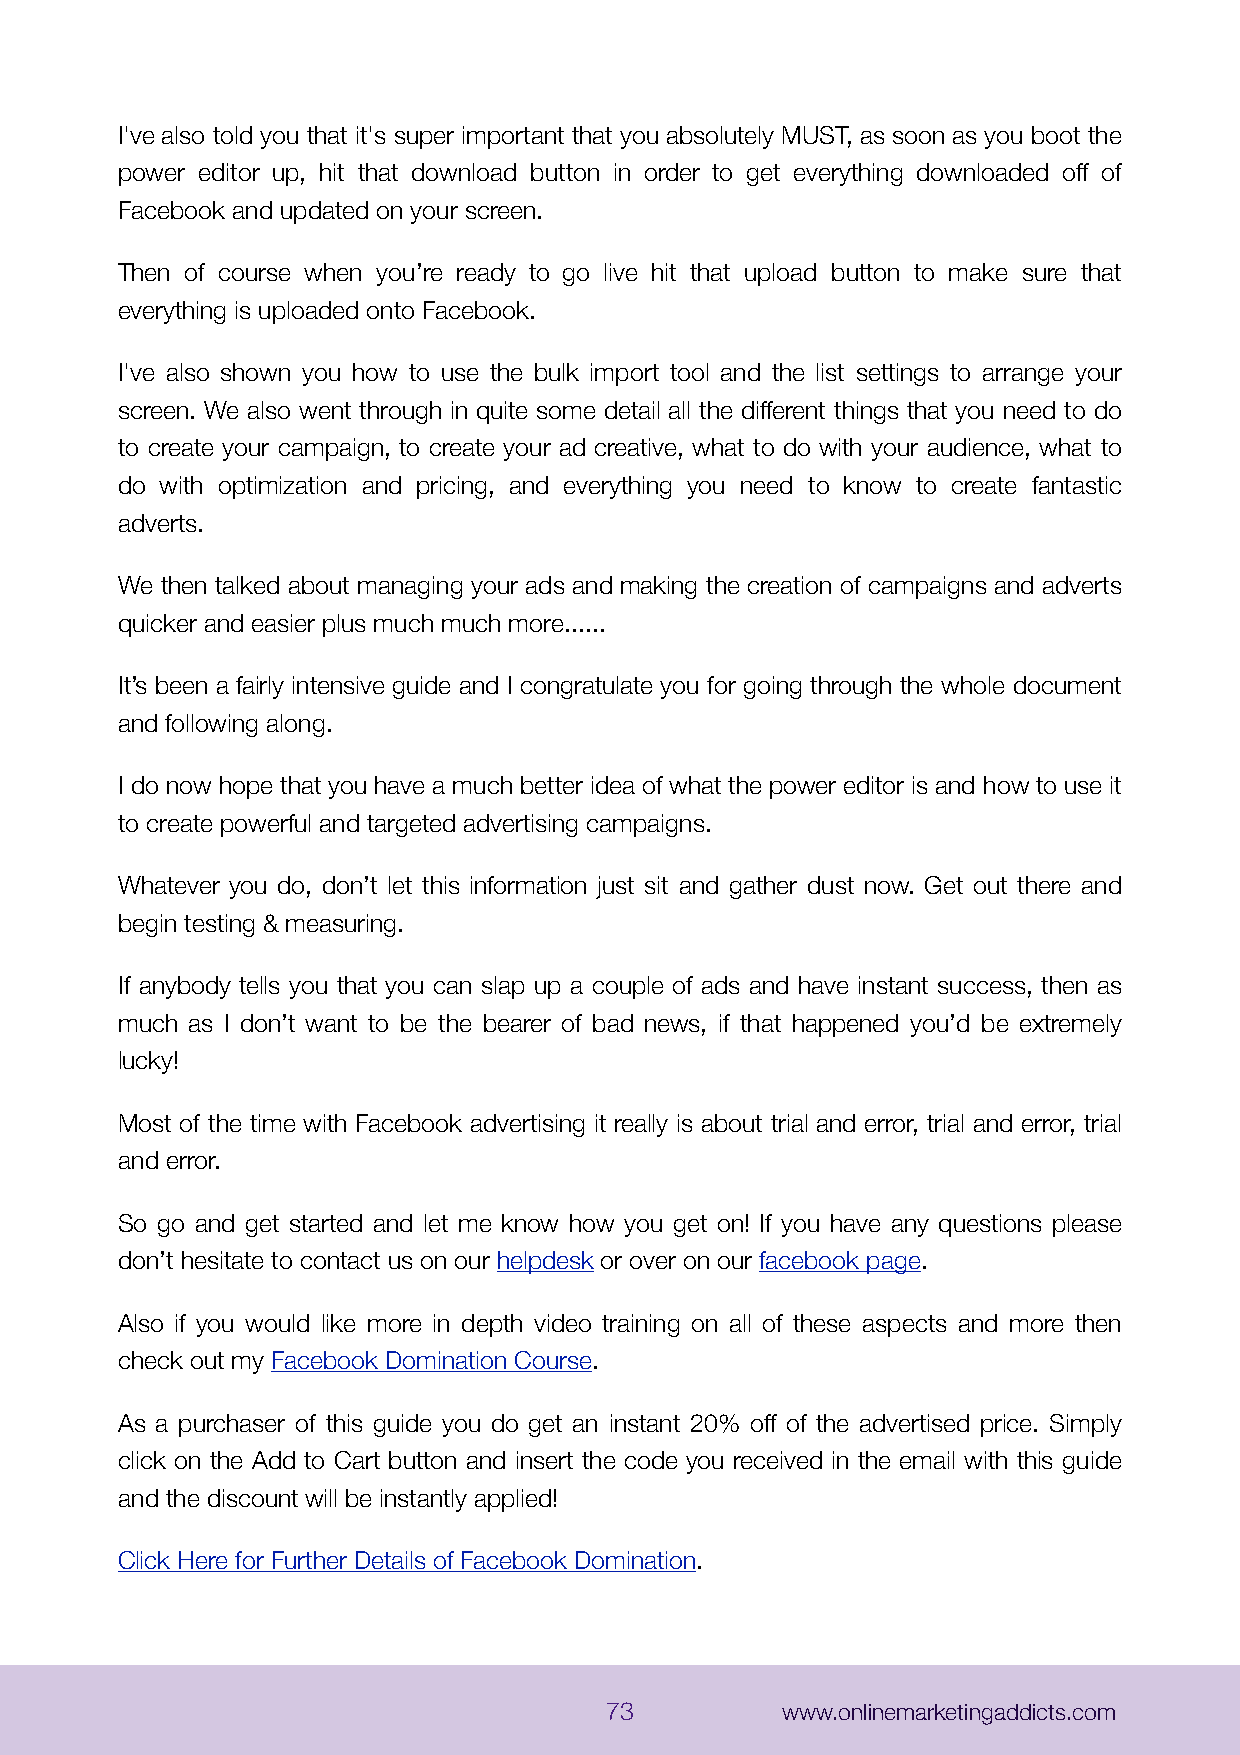
I've also told you that it's super important that you absolutely MUST, as soon as you boot the
 power editor up, hit that download button in order to get everything downloaded off of
 Facebook and updated on your screen.
 Then of course when you’re ready to go live hit that upload button to make sure that
 everything is uploaded onto Facebook.
 I've also shown you how to use the bulk import tool and the list settings to arrange your
 screen. We also went through in quite some detail all the different things that you need to do
 to create your campaign, to create your ad creative, what to do with your audience, what to
 do with optimization and pricing, and everything you need to know to create fantastic
 adverts.
 We then talked about managing your ads and making the creation of campaigns and adverts
 quicker and easier plus much much more......
 It’s been a fairly intensive guide and I congratulate you for going through the whole document
 and following along.
 I do now hope that you have a much better idea of what the power editor is and how to use it
 to create powerful and targeted advertising campaigns.
 Whatever you do, don’t let this information just sit and gather dust now. Get out there and
 begin testing & measuring.
 If anybody tells you that you can slap up a couple of ads and have instant success, then as
 much as I don’t want to be the bearer of bad news, if that happened you’d be extremely
 lucky!
 Most of the time with Facebook advertising it really is about trial and error, trial and error, trial
 and error.
 So go and get started and let me know how you get on! If you have any questions please
 don’t hesitate to contact us on our helpdesk or over on our facebook page.
 Also if you would like more in depth video training on all of these aspects and more then
 check out my Facebook Domination Course.
 As a purchaser of this guide you do get an instant 20% off of the advertised price. Simply
 click on the Add to Cart button and insert the code you received in the email with this guide
 and the discount will be instantly applied!
 Click Here for Further Details of Facebook Domination.
 73          www.onlinemarketingaddicts.com